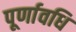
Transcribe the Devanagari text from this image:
पूर्णावधि